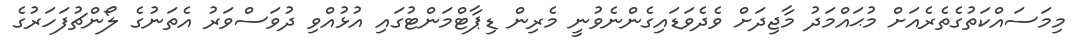
މިމަސައްކަތުގެތެރެއަށް މުޙައްމަދު މާޖިދަށް ވެދެވަޑައިގެންނެވުނީ މެރިން ޑިޕާޓްމަންޓުގައި އުޅުއްވި ދުވަސްވަރު އެތަނުގެ ލޯންޗުފަހަރުގެ